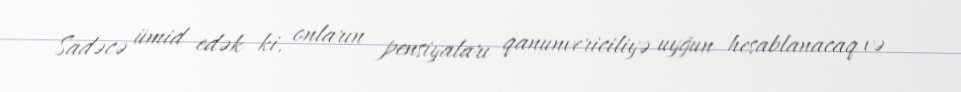
Sadəcə ümid edək ki, onların pensiyaları qanunvericiliyə uyğun hesablanacaq və